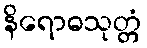
နိရောဓသုတ္တံ